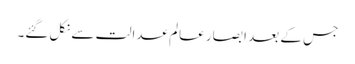
جس کے بعد ابصار عالم عدالت سے نکل گئے۔